Vaccination United Provinces of Agra and Oudh 1902-1913 - 1902-1913
Year: 1902
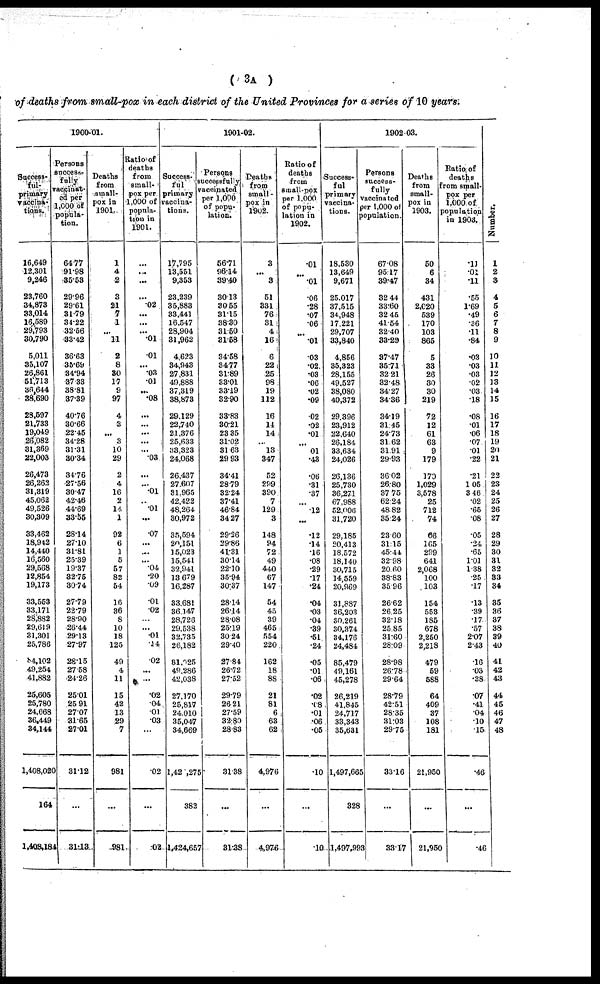
( 3A )
of deaths from small-pox in each district of the United Provinces for a series of 10 years.
1900-01.
Success¬
ful.
primary
vaccina¬
tions.
16,649
12,301
9,246
23,760
34,873
33,014
16,589
29,793
30,790
5,011
35,107
26,861
51,713
36,644
38,690
28,597
21,733
19,049
26,082
31,369
22,003
26,473
26,262
31,319
45,062
49,526
30,309
33,462
18,942
14,440
16,560
29,568
12,854
19,173
33,553
33,171
28,882
29,619
31,301
25,786
84,102
49,254
41,882
25,605
25,780
24,668
36,449
34,144
1,408,020
164
1,403,184
Persons
success-
fully
vaccinat-
ed per
1,000 of
popula-
tion.
64.77
91.98
35.53
29.96
29.61
31.79
34.22
32.56
33.42
36.63
35.69
34.94
37.33
38.81
37.39
40.76
30.66
22.45
34.28
31.31
30.34
34.76
27.56
30.47
42.46
44.69
33.55
28.14
27.10
31.81
25.39
19.37
32.75
30.74
27.79
22.79
28.90
26,44
29.13
27.97
28.15
27.58
24.26
25.01
25.91
27.07
31.65
27.01
31.12
...
31.13
Deaths
from
small-
pox in
1901.
1
4
2
3
21
7
1
...
11
2
8
30
17
9
97
4
3
...
3
10
29
2
4
16
2
14
1
92
6
1
5
57
82
54
16
36
8
10
18
125
49
4
11
15
42
13
29
7
981
...
981
Ratio of
deaths
from
small-
pox per
1,000 of
popula-
tion in
1901.
...
...
...
...
.02
...
...
...
.01
.01
...
.03
.01
...
.08
. ..
...
...
...
...
.03
...
...
.01
...
.01
...
.07
...
...
...
.04
.20
.09
.01
.02
...
...
.01
.14
.02
...
...
.02
.04
.01
03
...
.02
...
.02
1901-02.
Success¬
ful
primary
vaccina-
tions.
17,795
13,551
9,353
23,239
35,883
33,441
16,547
28,904
31,962
4,623
34,943
27,831
49,888
37,319
38,873
29,129
22,740
21,376
25,633
33,323
24,068
26,437
27,607
31,965
42,422
48,264
30,972
35,594
20,151
15,023
15,541
32,941
13 679
16,287
33,681
36,147
28,726
29,538
32,735
26,182
81,025
49,286
42,038
27,170
25,817
24,010
35,047
34,669
1,42 ,275
382
1,424,657
Persons
successfully
vaccinated
per 1,000
of popu-
lation.
56.71
96.14
39.40
30.13
30.55
31.15
38.30
31.50
31.58
34.68
34.77
31.89
33.01
33.19
32.90
33.83
30.21
23.35
31.02
31.63
29.93
34.41
28.79
32.24
37.41
46.84
34.27
29.26
29.86
41.31
30.14
22.10
35.94
30.37
28.14
26.14
28.08
25.19
30.24
29.40
27.84
26.72
27.52
29.79
26.21
27.59
32.80
28.83
31.38
...
31.38
Deaths
from
small¬
pox in
1902.
3
...
3
51
331
76
31
4
16
6
22
25
98
19
112
16
14
14
...
13
347
52
299
390
7
129
3
148
94
72
49
440
67
147
54
45
39
465
554
220
162
18
88
21
81
6
63
62
4,976
...
4,976
Ratio of
deaths
from
small-pox
per 1,000
of popu-
lation in
1902.
.01
...
.01
.06
.28
.07
.06
...
.01
.03
.02
.03
.06
.02
.09
.02
.02
.01
...
.01
.43
.06
.31
.37
...
.12
...
.12
14
.16
.08
.29
.17
.24
.04
.03
.04
.39
.51
.24
.05
.01
.06
.02
.08
.01
.06
.05
.10
...
.10
1902-03.
Success-
ful
primary
vaccina-
tions.
18,630
13,649
9,671
25,017
37,515
34,948
17,221
29,707
33,840
4,856
35,323
28,155
49,527
38,080
40,372
29,396
23,912
22,640
26,184
33,634
24,026
26,136
25,730
36,271
67,988
52,006
31,720
29,185
20,413
18,572
18,140
30,715
14,559
20,969
31,887
36,203
30,261
30,374
34,176
24,484
85,479
49,161
45,278
26,219
41,845
24,717
33,343
35,631
1,497,665
328
1,497,993
Persons
success-
fully
vaccinated
per 1,000 of
population.
67.08
95.17
39.47
32.44
33.60
32.45
41.54
32.40
33.29
37.47
35.71
32.21
32.48
34.27
34.36
34.19
31.45
24.73
31.62
31.91
29.93
36.02
26.80
37.75
62.24
48.82
35.24
23.60
31.15
45.44
32.98
20.60
38.83
35.96
26.62
26.25
32.18
25.85
31.60
28.09
28.98
26.78
29.64
28.79
42.51
28.35
31.03
29.75
33.16
...
33.17
Deaths
from
small-
pox in
1903.
50
6
34
431
2,020
539
170
103
865
5
33
26
30
30
219
72
12
61
63
9
179
170
1,029
3,578
25
712
74
66
165
299
641
2,068
100
103
154
553
185
678
2,250
2,218
479
59
588
64
409
37
108
181
21,950
...
21,950
Ratio of
deaths
from small-
pox per
1,000 of
population
in 1903.
.11
.01
.11
.55
1.69
.49
.36
.11
.84
.03
.03
.03
.02
.03
.18
.08
.01
.06
.07
.01
.22
.21
1.05
3.46
.02
.65
.08
.05
.24
.65
1.01
1.38
.25
.17
.13
.39
.17
.57
2.07
2.43
.16
.03
.38
.07
.41
.04
10
.15
.46
...
.46
Number.
1
2
3
4
5
6
7
8
9
10
11
12
13
14
15
16
17
18
19
20
21
22
23
24
25
26
27
28
29
30
31
32
33
34
35
36
37
38
39
40
41
42
43
44
45
46
47
48